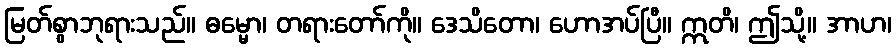
မြတ်စွာဘုရားသည်။ ဓမ္မော၊ တရားတော်ကို။ ဒေသိတော၊ ဟောအပ်ပြီ။ ဣတိ၊ ဤသို့။ အာဟ၊